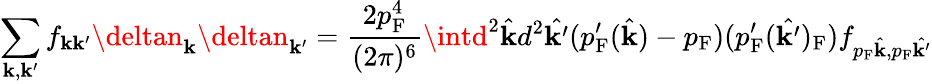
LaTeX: \sum_{\mathbf{k},\mathbf{k}^{\prime}}f_{\mathbf{k}\mathbf{k}^{\prime}}\deltan_{\mathbf{k}}\deltan_{\mathbf{k}^{\prime}}={\frac{{2p_{\mathrm{{{F}}}}^{4}}}{{(2\pi)^{6}}}}\intd^{2}{\hat{{\mathbf{k}}}}d^{2}{\hat{{\mathbf{k}^{\prime}}}}(p_{\mathrm{{{F}}}}^{\prime}({\hat{{\mathbf{k}}}})-p_{\mathrm{{{F}}}})(p_{\mathrm{{{F}}}}^{\prime}({\hat{{\mathbf{k}^{\prime}}}})_{\mathrm{{{F}}}})f_{p_{\mathrm{{{F}}}}{\hat{{\mathbf{k}}}},p_{\mathrm{{{F}}}}{\hat{{\mathbf{k}^{\prime}}}}}